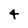
Character: 4